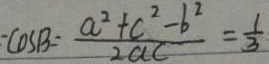
- \cos B = \frac { a ^ { 2 } + c ^ { 2 } - b ^ { 2 } } { 2 a c } = \frac { 1 } { 3 }